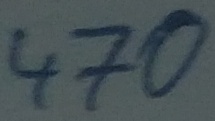
Text: 470